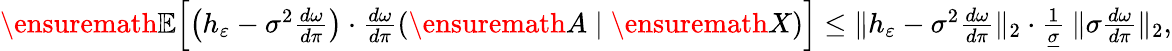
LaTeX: \begin{array}{r}{\ensuremath{{\mathbb{E}}}\Big[\big(h_{\varepsilon}-\sigma^{2}\frac{d\omega}{d\pi}\big)\cdot\frac{d\omega}{d\pi}(\ensuremath{A}\mid\ensuremath{X})\Big]\leq\| h_{\varepsilon}-\sigma^{2}\frac{d\omega}{d\pi}\| _{2}\cdot\frac{1}{\underline{{\sigma}}}\: \| \sigma\frac{d\omega}{d\pi}\| _{2},}\end{array}